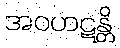
အဝဟဋန္တိ